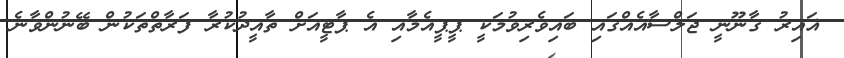
ޣައިރު ގާނޫނީ ޖަލްސާއެއްގައި ބައިވެރިވުމަކީ ޕީޕީއެމާއި އެ ޕާޓީއަށް ތާއީދުކުރާ ފަރާތްތަކުން ބޭނުންވާނެ